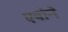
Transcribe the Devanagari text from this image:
एबोने